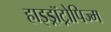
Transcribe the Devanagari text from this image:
हाइड्रॉट्रोपिज्म